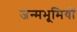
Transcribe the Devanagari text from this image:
जन्मभूमियों